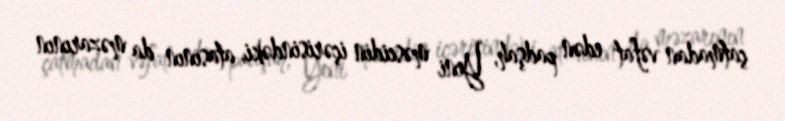
çatmadan vəfat edən padşah, Yeni məscidin içərisindəki, atasının da məzarının